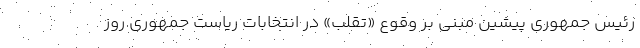
رئیس جمهوری پیشین مبنی بر وقوع «تقلب» در انتخابات ریاست جمهوری روز